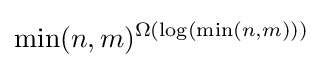
\min(n,m)^{\Omega (\log(\min(n,m)))}